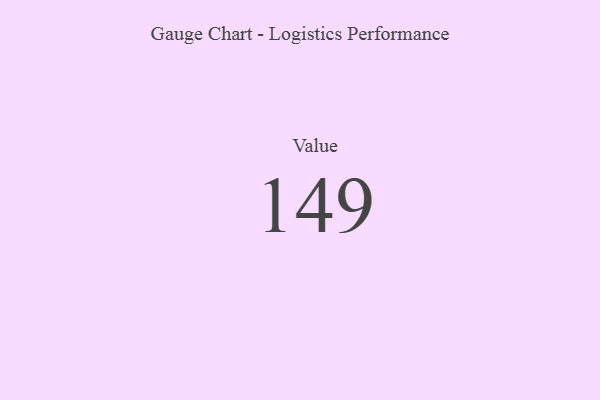
{"axis": {"x": "Metric", "y": "Value"}, "legend": [""], "data": [{"x": "Value", "y": 149, "type": ""}]}